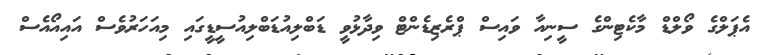
އެޕަލްގެ ވޯލްޑް މާކެޓިންގެ ސީނިއާ ވައިސް ޕްރެޒިޑެންޓް ވިދާޅުވީ ޑަބްލިއުޑަބްލިއުސީޑީގައި މިއަހަރުވެސް އައިއޯއެސް